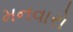
મનવારો